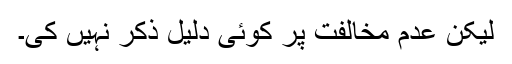
لیکن عدمِ مخالفت پر کوئی دلیل ذکر نہیں کی۔